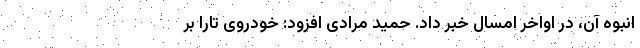
انبوه آن، در اواخر امسال خبر داد. حمید مرادی افزود: خودروی تارا بر